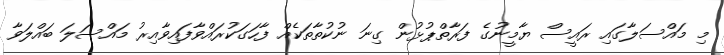
މި މައްސަލާގައި ރައީސް ޔާމީނުގެ ފަރާތްޕުޅުން ގިނަ ނުކުތާތަކެއް ފާހަގަކުރައްވާފައިވާއިރު މައްސަލަ ބައްލަވާ